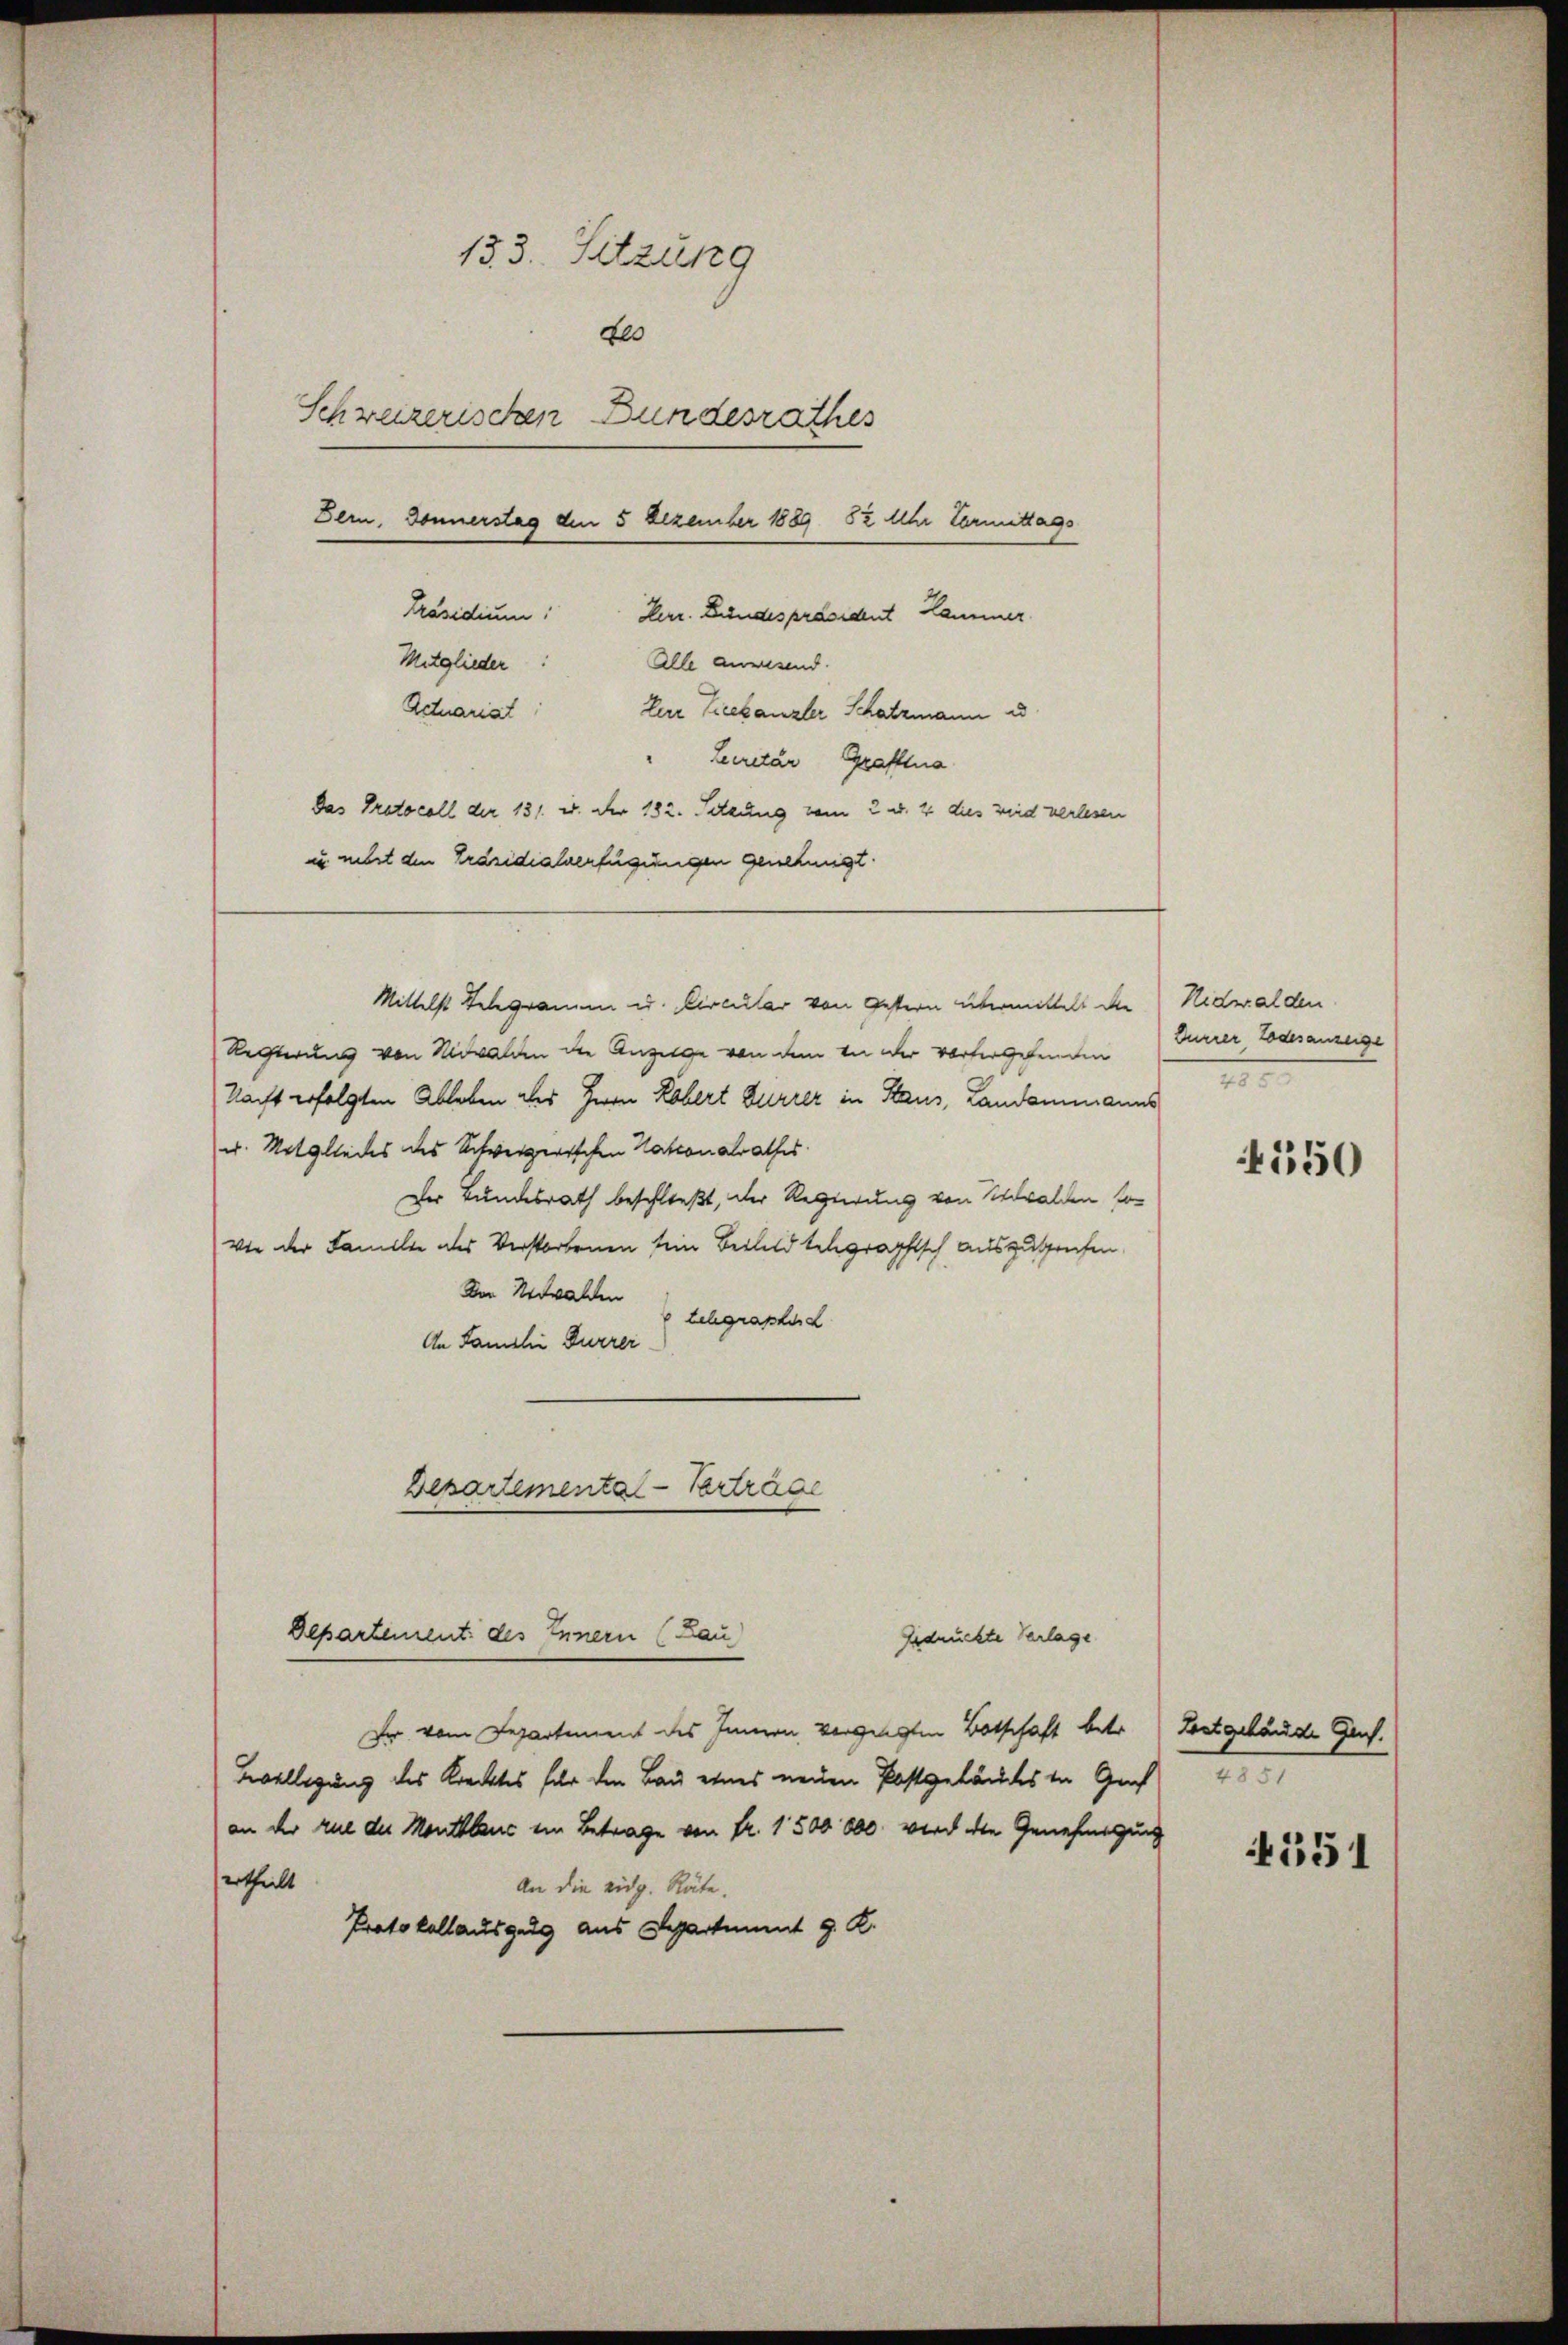
133. Sitzung
to
Schweizerischen Bundesrathes
Der, Donnerstag den 5 Dezember 1889 52 Uhr Vormittags
Präsidium. Herr. Bundespräsident Hammer
Mitglieder:
Alle anwesend.
Actuariat
Der Teekanzler Schatzmann u
"
Lecretär, Graffina
Das Protocoll der 131. u. der 182. Setzung vom 2 u. 4 dies wird verlesen
un mit den Präsidialverfügungen genehmigt.

Mittelst Telegramm u. Circular von Gestern übermittelt die
Rechterung von Niwalden die Anzeige von dem von der vorhergehenden (Gurrer, Todesanzeige
Nacht erfolgten Ableben des Herrn Kobert Zürrer in Staus, Landammanns
u. Mitgliedes des Schweizerischen Nationalrathes
Der Bundesrath beschließt, der Regierung von Walden so
wie der Familie des Verstorbenen sein Beiland telegraphisch auszurufen.
Den Nidwalden
Schgraphend
An Familie Furrer
Besartementa
Vertrage

Er vom Departement des Innern vorgelegten Botschaft betr. Lostgebäude Ges.
Bevollegung des Krecktes für den Bau eines neuen Postgebäudes in Ges
an der rue der Montblanc im Betrage von Fr. 1500 000. wird die Genehmigung
ertheilt
An die eidg. Räte.
Protokollauszug aus Separtient J. K.

Departement des Innern (Lau)
Gedrückte Verlage

Nidwalden.
1

550

551